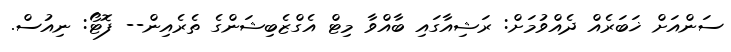
ސަންއަށް ޚަބަރެއް ދެއްވުމަށް: ރަޝިއާގައި ބާއްވާ މިޓް އެގްޒެބިޝަންގެ ތެރެއިން-- ފޮޓޯ: ނިއުސް.